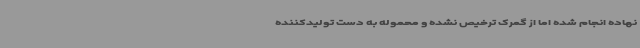
نهاده انجام شده اما از گمرک ترخیص نشده و محموله به دست تولیدکننده